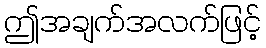
ဤအချက်အလက်ဖြင့်